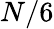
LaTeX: N/6